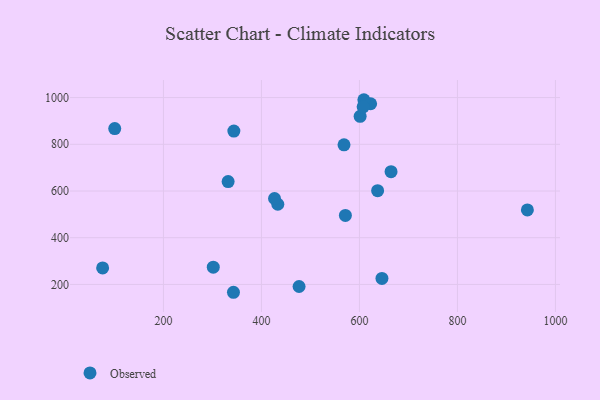
{"axis": {"x": "Experience", "y": "Exam Score"}, "legend": ["Observed"], "data": [{"x": "100.6", "y": 867.3, "type": "Observed"}, {"x": "75.9", "y": 270.8, "type": "Observed"}, {"x": "332.0", "y": 640.3, "type": "Observed"}, {"x": "568.5", "y": 797.7, "type": "Observed"}, {"x": "942.7", "y": 519.1, "type": "Observed"}, {"x": "601.4", "y": 919.7, "type": "Observed"}, {"x": "664.5", "y": 682.6, "type": "Observed"}, {"x": "433.4", "y": 543.2, "type": "Observed"}, {"x": "476.8", "y": 191.1, "type": "Observed"}, {"x": "342.9", "y": 166.4, "type": "Observed"}, {"x": "301.7", "y": 273.8, "type": "Observed"}, {"x": "637.1", "y": 601.5, "type": "Observed"}, {"x": "343.7", "y": 856.7, "type": "Observed"}, {"x": "426.7", "y": 567.9, "type": "Observed"}, {"x": "622.8", "y": 973.6, "type": "Observed"}, {"x": "571.3", "y": 495.3, "type": "Observed"}, {"x": "609.0", "y": 990.8, "type": "Observed"}, {"x": "645.9", "y": 225.6, "type": "Observed"}, {"x": "607.5", "y": 960.3, "type": "Observed"}]}